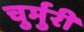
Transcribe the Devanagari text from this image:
चुर्मुरी